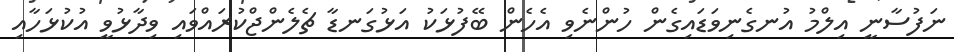
ނަފުސާނީ އިލްމު އުނގެނިވަޑައިގެން ހުންނެވި އެހެން ބޭފުޅަކު އަޅުގަނޑާ ޗެލެންޖްކުރައްވައި ވިދާޅުވީ އުކުޅަހާއި